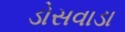
ડોસવાડા